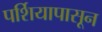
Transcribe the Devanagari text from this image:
पर्शियापासून